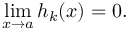
\operatorname* { l i m } _ { x \to a } h _ { k } ( x ) = 0 .